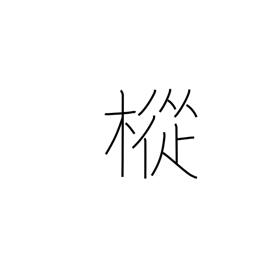
Meaning: fir